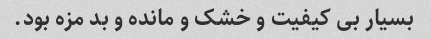
بسیار بی کیفیت و خشک و مانده و بد مزه بود.